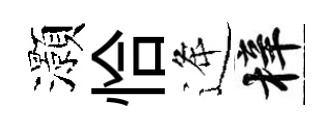
灝恰逄梓